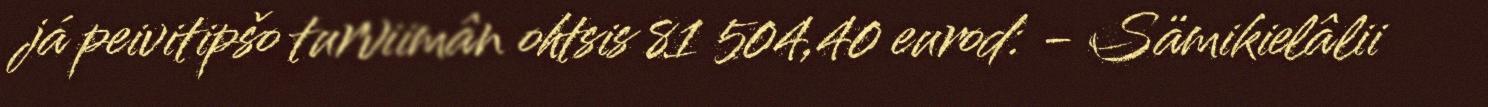
já peivitipšo turviimân ohtsis 81 504,40 eurod: - Sämikielâlii